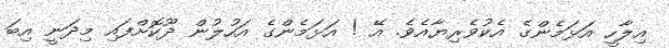
އިލާހީ އަޅަމެންގެ އެކުވެރިޔާއެވެ. އޭ ! އަޅަމެންގެ އަހުލުން ދޫކޮށްފައި މިދަނީ އިބަ